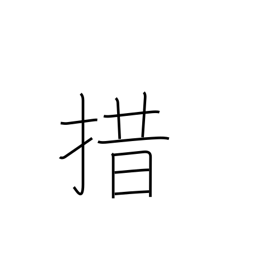
Meaning: give up